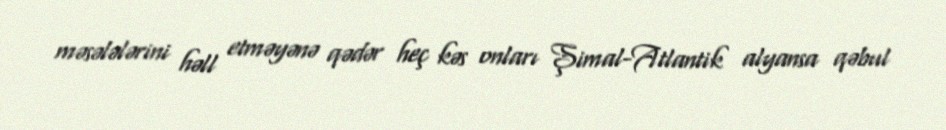
məsələlərini həll etməyənə qədər heç kəs onları Şimal-Atlantik alyansa qəbul